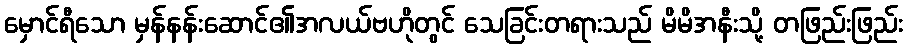
မှောင်ရီသော မှန်နန်းဆောင်၏အလယ်ဗဟိုတွင် သေခြင်းတရားသည် မိမိအနီးသို့ တဖြည်းဖြည်း